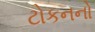
ટોકનનો